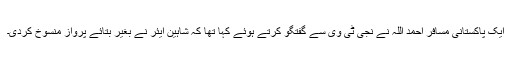
ایک پاکستانی مسافر احمد اللہ نے نجی ٹی وی سے گفتگو کرتے ہوئے کہا تھا کہ شاہین ایئر نے بغیر بتائے پرواز منسوخ کردی۔